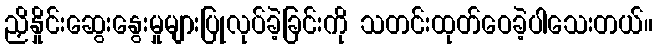
ညှိနှိုင်းဆွေးနွေးမှုများပြုလုပ်ခဲ့ခြင်းကို သတင်းထုတ်ဝေခဲ့ပါသေးတယ်။